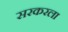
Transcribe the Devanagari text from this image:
सरकरला